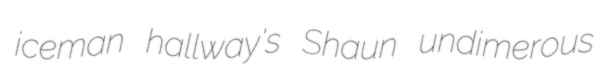
iceman hallway's Shaun undimerous